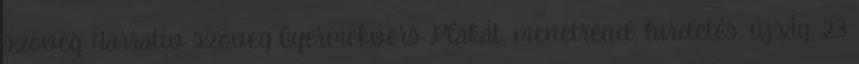
szöveg Narratív szöveg Gyermekvers Plakát, menetrend, hirdetés, újság, 23